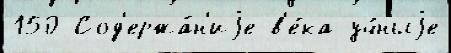
150 Сод'ержа́н'иjе в'е́ка уч́ныjе